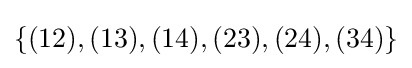
\{(12),(13),(14),(23),(24),(34)\}